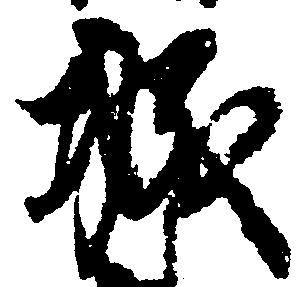
城